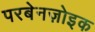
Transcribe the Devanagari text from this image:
परबेनज़ोइक